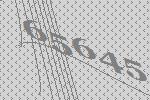
65645